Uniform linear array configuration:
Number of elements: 32
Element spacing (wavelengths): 0.75
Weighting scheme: binomial
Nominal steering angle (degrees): -15
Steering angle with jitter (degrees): -15.297
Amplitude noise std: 0.05
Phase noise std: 0.05

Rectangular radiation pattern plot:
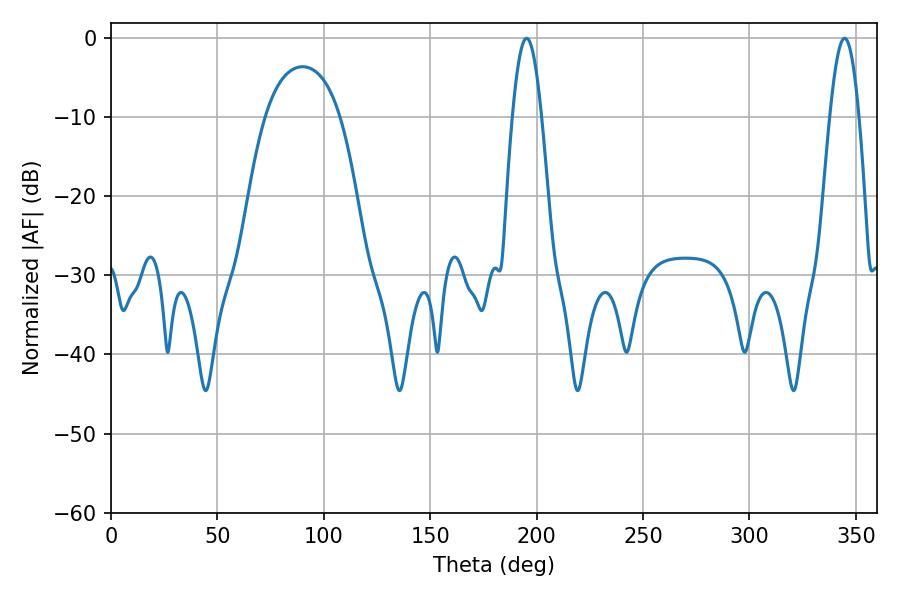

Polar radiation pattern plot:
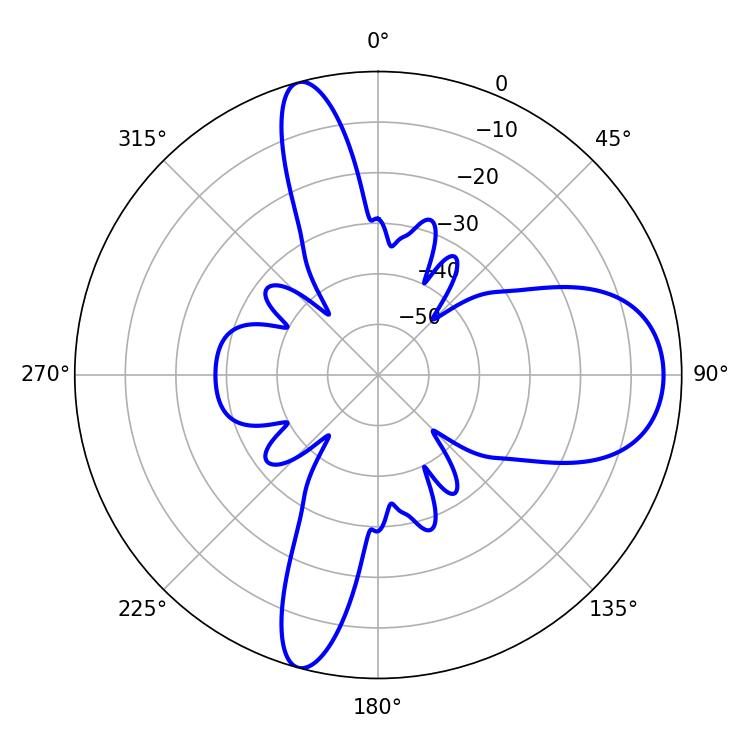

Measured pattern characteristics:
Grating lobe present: TRUE
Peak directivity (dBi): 12.172
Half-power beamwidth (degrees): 7.38
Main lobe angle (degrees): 195.3